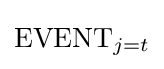
{\text{EVENT}}_{j=t}